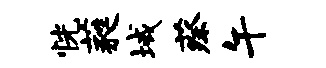
恍蕤域蔡午